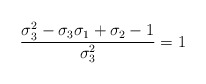
\begin{align*}\frac{\sigma_3^2-\sigma_3\sigma_1+\sigma_2-1}{\sigma_3^2}=1\end{align*}